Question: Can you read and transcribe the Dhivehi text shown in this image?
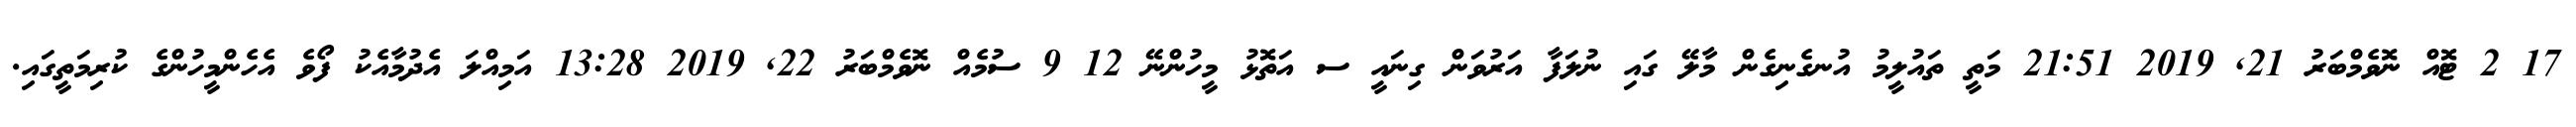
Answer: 17 2 ޓޮއް ނޮވެމްބަރު 21, 2019 21:51 މަތީ ތައުލީމު އުނގެނިގެން މާލޭ ގައި ނުލަފާ އަރުވަން ގިނައީ ސ އަތޮޅު މީހުންނޭ 12 9 ސުމެއް ނޮވެމްބަރު 22, 2019 13:28 އަމިއްލަ އެދުމާއެކު ފޯވެ އެހެންމީހުންގެ ކުރިމަތީގައި.